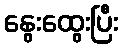
နွေးထွေးပြီး